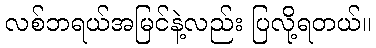
လစ်ဘရယ်အမြင်နဲ့လည်း ပြလို့ရတယ်။